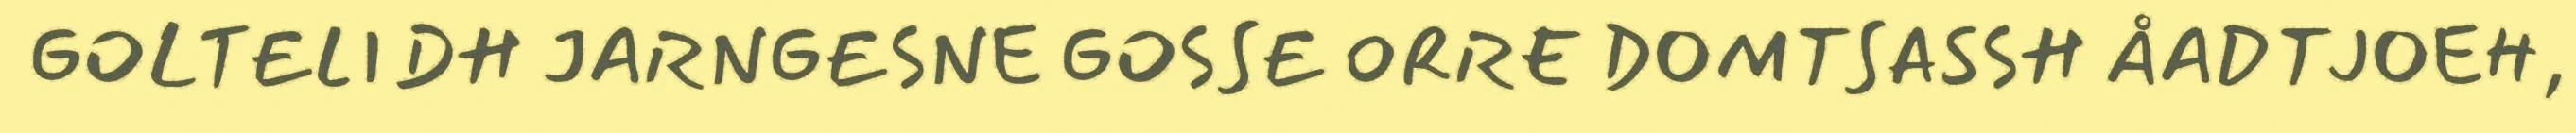
GOLTELIDH JARNGESNE GOSSE ORRE DOMTSASSH ÅADTJOEH,